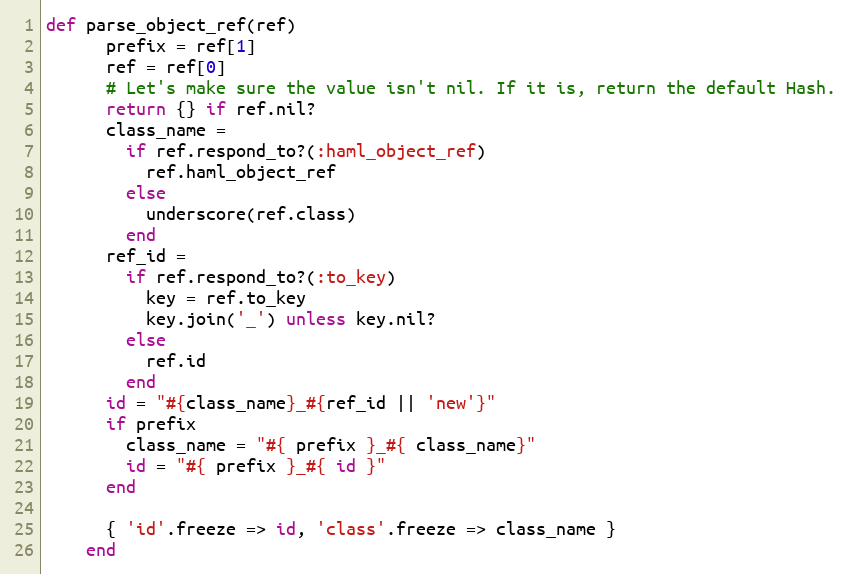
Language: Ruby
def parse_object_ref(ref)
      prefix = ref[1]
      ref = ref[0]
      # Let's make sure the value isn't nil. If it is, return the default Hash.
      return {} if ref.nil?
      class_name =
        if ref.respond_to?(:haml_object_ref)
          ref.haml_object_ref
        else
          underscore(ref.class)
        end
      ref_id =
        if ref.respond_to?(:to_key)
          key = ref.to_key
          key.join('_') unless key.nil?
        else
          ref.id
        end
      id = "#{class_name}_#{ref_id || 'new'}"
      if prefix
        class_name = "#{ prefix }_#{ class_name}"
        id = "#{ prefix }_#{ id }"
      end

      { 'id'.freeze => id, 'class'.freeze => class_name }
    end